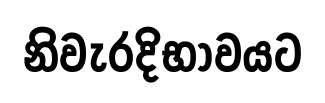
නිවැරදිභාවයට